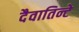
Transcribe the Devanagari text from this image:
दैवातिन्टे